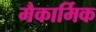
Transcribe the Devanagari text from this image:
मैकार्मिक